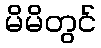
မိမိတွင်